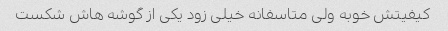
کیفیتش خوبه ولی متاسفانه خیلی زود یکی از گوشه هاش شکست